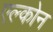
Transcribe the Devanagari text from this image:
एल्कोन